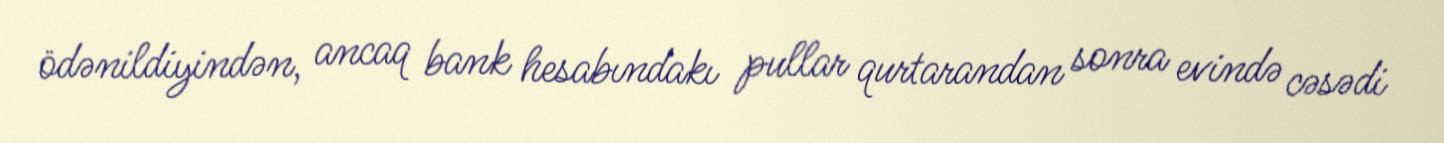
ödənildiyindən, ancaq bank hesabındakı pullar qurtarandan sonra evində cəsədi